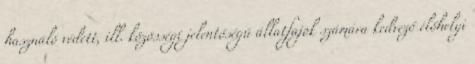
használó védett, ill. közösségi jelentőségű állatfajok számára kedvező élőhelyi